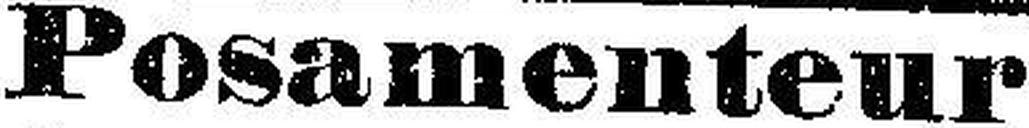
Posamenteur